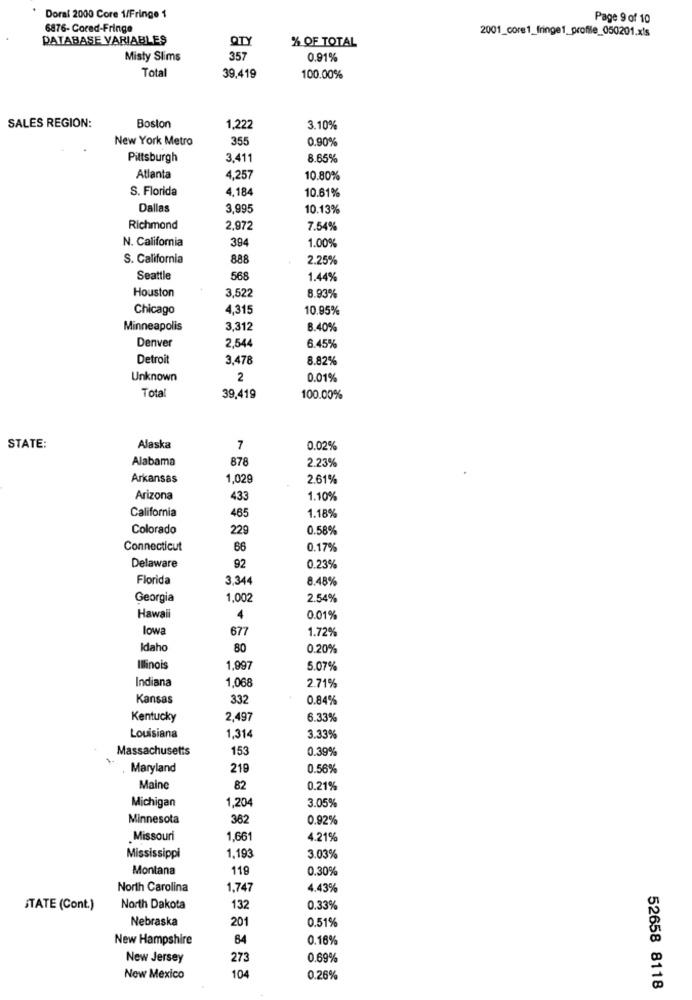
Doral 2000 Core 1/Fringe 1
Page 9 of 10
6876- Cored-Fringe
2001_core1_fringe1_profile_050201.xls
PATABASE VARIABLES
QT
% OF TOTAL
Misty Slims
357
0.91%
Total
39,419
100.00%
SALES REGION:
Boston
1,222
3.10%
New York Metro
355
0.90%
Pittsburgh
3,411
8.65%
Atlanta
4,257
10.80%
S. Florida
4,184
10.61%
Dallas
3,995
10.13%
Richmond
2.972
7.54%
N. California
394
1.00%
S. California
888
2.25%
Seattle
568
1.44%
Houston
8.93%
3,522
Chicago
4,315
10.95%
Minneapolis
3,312
8.40%
Denver
2.544
6.45%
Detroit
3,478
8.82%
Unknown
2
0.01%
Total
39,419
100.00%
STATE:
Alaska
7
0.02%
Alabama
878
2.23%
Arkansas
1,029
2.61%
Arizona
433
1.10%
California
465
1.18%
Colorado
229
0.58%
Connecticut
66
0.17%
Delaware
92
0.23%
Florida
3,344
8.48%
Georgia
1,002
2.54%
Hawali
4
0.01%
lowa
677
1.72%
Idaho
80
0.20%
Illinois
1,997
5.07%
Indiana
1,068
2.71%
Kansas
33
0.84%
Kentucky
2,497
6.33%
Louisiana
1,314
3.33%
Massachusetts
153
0.39%
Maryland
219
0.56%
Maine
82
0.21%
Michigan
1,204
3.05%
Minnesota
362
0.92%
Missouri
1,661
4.21%
Mississippi
1.193
3.03%
Montana
119
0.30%
North Carolina
1,747
4.43%
STATE (Cont.)
North Dakota
132
0.33%
Nebraska
201
0.51%
New Hampshire
84
0.16%
New Jersey
273
0.69%
104
New Mexico
0.26%
52658 8118